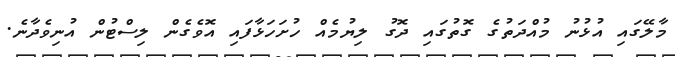
މާލޭގައި އުޅުނު މުއްދަތުގެ ގޮތުގައި ދޮގު ލިޔުމެއް ހުށަހަޅާފައި އޮވެގެން ލިސްޓުން އުނިވެދާނެ.